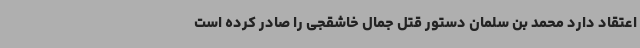
اعتقاد دارد محمد بن سلمان دستور قتل جمال خاشقجی را صادر کرده است